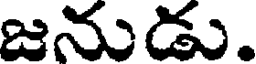
జనుడు.